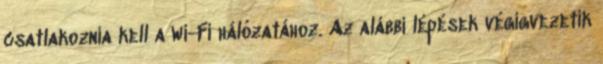
csatlakoznia kell a Wi-Fi hálózatához. Az alábbi lépések végigvezetik